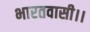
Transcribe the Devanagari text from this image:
भारतवासी।।